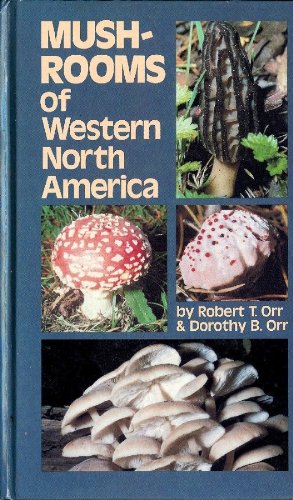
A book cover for Mushrooms of Western North America (California Natural History Guides); Robert T. Orr; Medical Books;